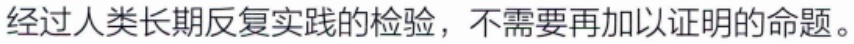
经过人类长期反复实践的检验，不需要再加以证明的命题。